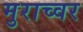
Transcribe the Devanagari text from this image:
मुराच्वर